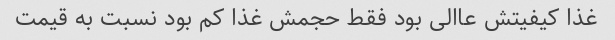
غذا کیفیتش عاالی بود فقط حجمش غذا کم بود نسبت به قیمت